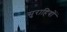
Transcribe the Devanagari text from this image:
सुराहियों